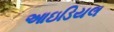
આઇડિયલ